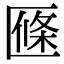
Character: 𠥑